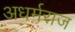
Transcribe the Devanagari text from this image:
अधर्मराज